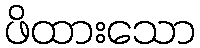
ဖိထားသော